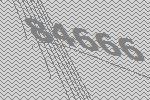
84666